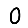
Digit: 0